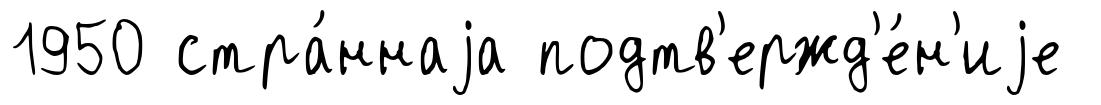
1950 стра́ннаjа подтв'ержд'е́н'иjе